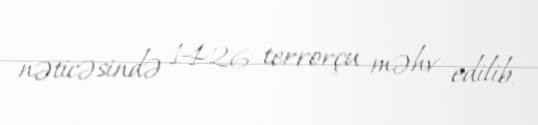
nəticəsində 1426 terrorçu məhv edilib.